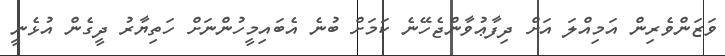
ވަޒަންވެރިން އަމިއްލަ އަށް ދިފާޢުވާންޖެހޭނެ ކަމަށް ބުނެ އެބައިމީހުންނަށް ހަތިޔާރު ދީގެން އުޅެނީ